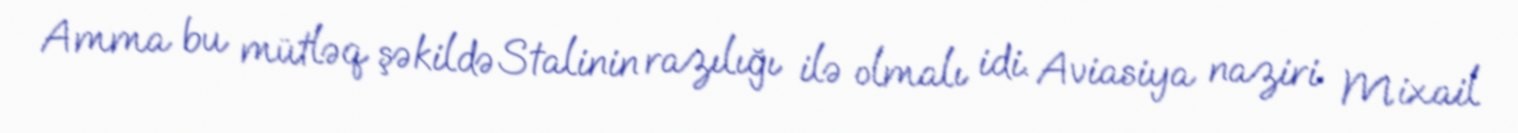
Amma bu mütləq şəkildə Stalinin razılığı ilə olmalı idi. Aviasiya naziri Mixail